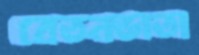
বেতনভাতা